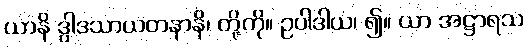
ယာနိ ဒွါဒသာယတနာနိ၊ တို့ကို။ ဥပါဒါယ၊ ၍။ ယာ အဋ္ဌာရသ